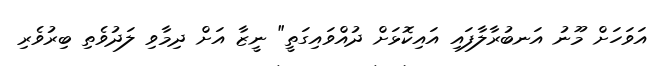
އަވަހަށް މޫނު އަނބުރާލާފައި އައިކޮޅަށް ދުއްވައިގަތީ" ނީޒާ އަށް ދިމާވި ލަދުވެތި ބިރުވެރި